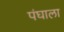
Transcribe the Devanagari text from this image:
पंघाला